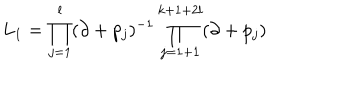
LaTeX: L _ { 1 } = \prod _ { j = 1 } ^ { l } ( \partial + p _ { j } ) ^ { - 1 } \prod _ { j = 1 + 1 } ^ { k + 1 + 2 l } ( \partial + p _ { j } )